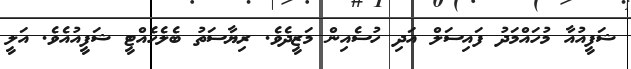
ޝަފީއުއާ މުހައްމަދު ފައިސަލް އަދި ހުސެއިން މަޒީދެވެ. ރިޔާސަތު ބެލެހެއްޓީ ޝަފީއުއެވެ. އަލީ